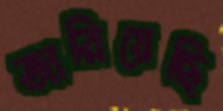
জারিয়েছি